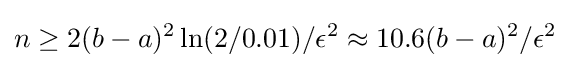
n\geq 2(b-a)^{2}\ln(2/0.01)/\epsilon ^{2}\approx 10.6(b-a)^{2}/\epsilon ^{2}